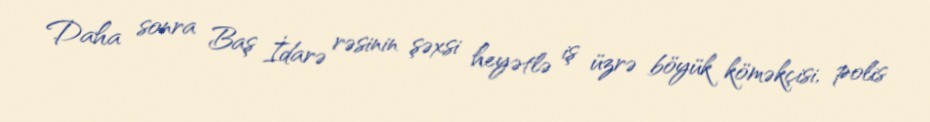
Daha sonra Baş İdarə rəsinin şəxsi heyətlə iş üzrə böyük köməkçisi, polis